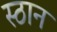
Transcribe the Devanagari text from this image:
स्ठान